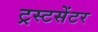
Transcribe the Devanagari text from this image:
ट्रस्टसेंटर